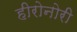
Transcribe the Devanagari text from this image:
हीरोनोरी